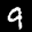
Label: 9